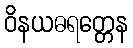
ဝိနယဓရတ္တေန